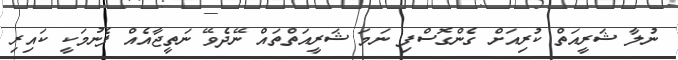
ނުލާ ޝަރީއަތް ކުރިއަށް ގެންގޮސްފި ނަމަ ޝަރީއަތްތައް ނޭދެވޭ ނަތީޖާއެއް ފެނުމަކީ ކައިރި